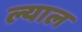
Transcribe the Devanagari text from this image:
ल्याल